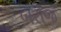
બરોજ